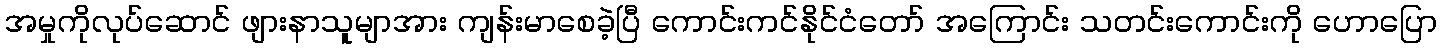
အမှုကိုလုပ်ဆောင် ဖျားနာသူမျာအား ကျန်းမာစေခဲ့ပြီ ကောင်းကင်နိုင်ငံတော် အကြောင်း သတင်းကောင်းကို ဟောပြော